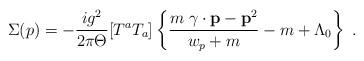
LaTeX: \begin{align*}\Sigma(p)= -\frac{ig^2}{2\pi \Theta}[T^{a} T_a] \left\{ \frac{m \; {\bf \gamma} \cdot {\bf p}-{\bf p}^2 }{w_p + m} - m+ \Lambda_0 \right\}\; . \end{align*}